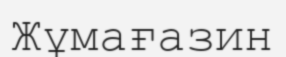
Жұмағазин